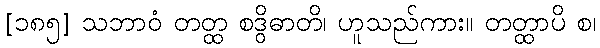
[၁၈၅] သဘာဝံ တတ္ထ စဒွိဓာတိ၊ ဟူသည်ကား။ တတ္ထာပိ စ၊